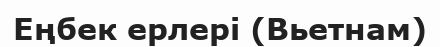
Еңбек ерлері (Вьетнам)